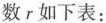
数r如下表：